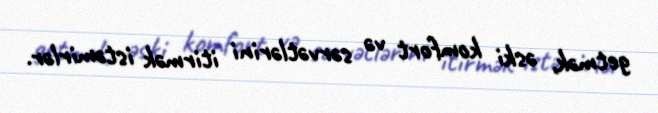
getmək, əski komfort və sərvətlərini itirmək istəmirlər.